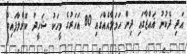
އަދި ދެކުނު ޣައްޒާގައި ދިން ހަމަލާއެއްގައި 80 އަހަރުގެ މީހަކު ޝަހީދު ކޮށްލާފައިވާ